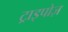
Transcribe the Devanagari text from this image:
ट्राइपोज़